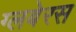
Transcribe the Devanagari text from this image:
ग्लबेरस